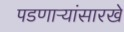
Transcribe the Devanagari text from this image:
पडणाऱ्यांसारखे